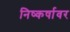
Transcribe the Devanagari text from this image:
निष्कर्षावर